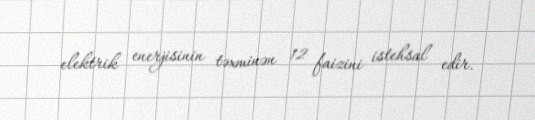
elektrik enerjisinin təxminən 12 faizini istehsal edir.